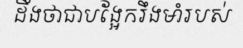
ដឹងថាជាបង្អែករឹងមាំរបស់